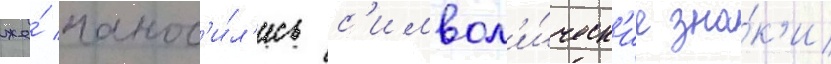
же́ нанос'и́л'ись с'имвол'и́ческ'ие зна́к'и